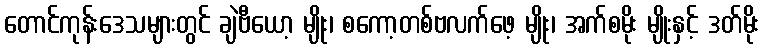
တောင်ကုန်းဒေသများတွင် ချဲဗီယော့ မျိုး၊ စကော့တစ်ဗလက်ဖေ့ မျိုး၊ အက်စမိုး မျိုးနှင့် ဒတ်မိုး